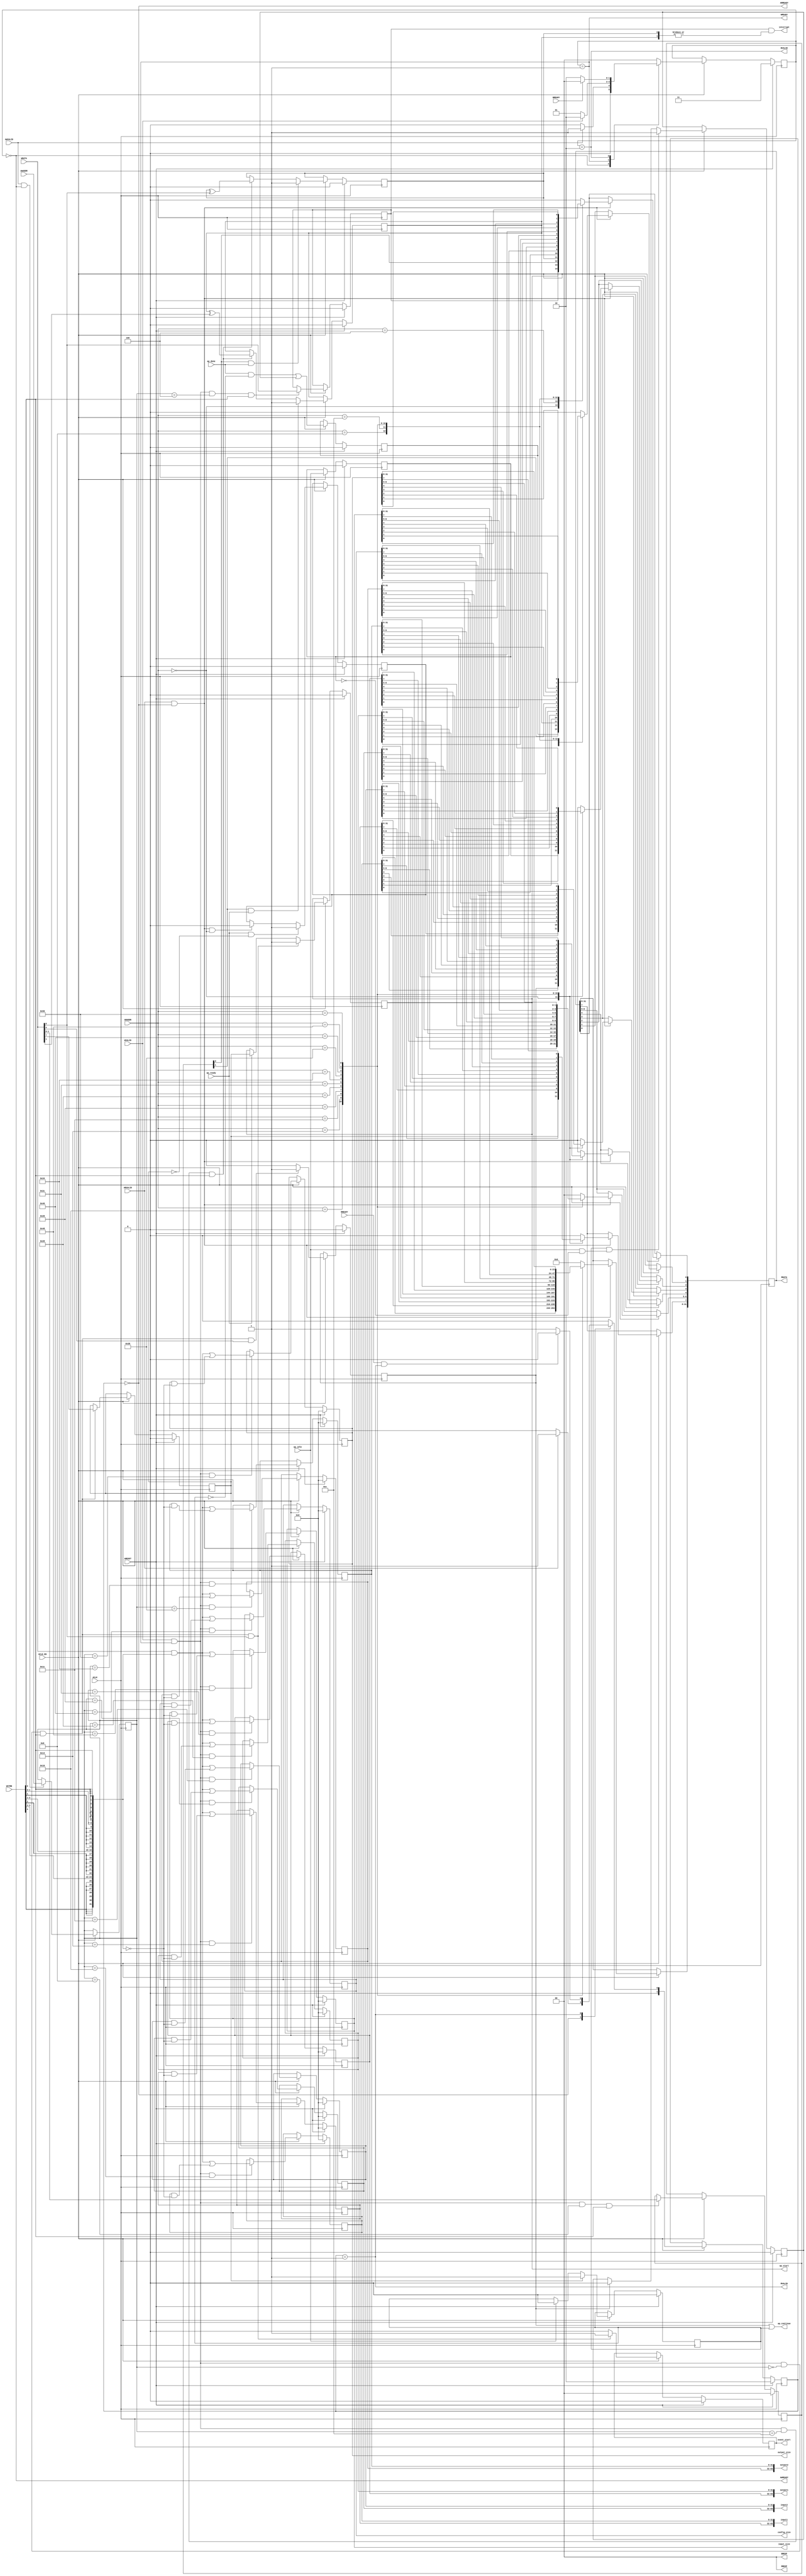
// ==============================================================
// Vitis HLS - High-Level Synthesis from C, C++ and OpenCL v2021.1 (64-bit)
// Copyright 1986-2021 Xilinx, Inc. All Rights Reserved.
// ==============================================================
`timescale 1ns/1ps
module ydma_control_s_axi
#(parameter
    C_S_AXI_ADDR_WIDTH = 7,
    C_S_AXI_DATA_WIDTH = 32
)(
    input  wire                          ACLK,
    input  wire                          ARESET,
    input  wire                          ACLK_EN,
    input  wire [C_S_AXI_ADDR_WIDTH-1:0] AWADDR,
    input  wire                          AWVALID,
    output wire                          AWREADY,
    input  wire [C_S_AXI_DATA_WIDTH-1:0] WDATA,
    input  wire [C_S_AXI_DATA_WIDTH/8-1:0] WSTRB,
    input  wire                          WVALID,
    output wire                          WREADY,
    output wire [1:0]                    BRESP,
    output wire                          BVALID,
    input  wire                          BREADY,
    input  wire [C_S_AXI_ADDR_WIDTH-1:0] ARADDR,
    input  wire                          ARVALID,
    output wire                          ARREADY,
    output wire [C_S_AXI_DATA_WIDTH-1:0] RDATA,
    output wire [1:0]                    RRESP,
    output wire                          RVALID,
    input  wire                          RREADY,
    output wire                          interrupt,
    output wire [63:0]                   input1,
    output wire [63:0]                   input2,
    output wire [63:0]                   output1,
    output wire [63:0]                   output2,
    output wire [31:0]                   config_size,
    output wire [31:0]                   input_size,
    output wire [31:0]                   output_size,
    output wire                          ap_start,
    input  wire                          ap_done,
    input  wire                          ap_ready,
    output wire                          ap_continue,
    input  wire                          ap_idle,
    output wire                          event_start
);
//------------------------Address Info-------------------
// 0x00 : Control signals
//        bit 0  - ap_start (Read/Write/COH)
//        bit 1  - ap_done (Read)
//        bit 2  - ap_idle (Read)
//        bit 3  - ap_ready (Read/COR)
//        bit 4  - ap_continue (Read/Write/SC)
//        bit 7  - auto_restart (Read/Write)
//        others - reserved
// 0x04 : Global Interrupt Enable Register
//        bit 0  - Global Interrupt Enable (Read/Write)
//        others - reserved
// 0x08 : IP Interrupt Enable Register (Read/Write)
//        bit 0  - enable ap_done interrupt (Read/Write)
//        bit 1  - enable ap_ready interrupt (Read/Write)
//        others - reserved
// 0x0c : IP Interrupt Status Register (Read/TOW)
//        bit 0  - ap_done (COR/TOW)
//        bit 1  - ap_ready (COR/TOW)
//        others - reserved
// 0x10 : Data signal of input1
//        bit 31~0 - input1[31:0] (Read/Write)
// 0x14 : Data signal of input1
//        bit 31~0 - input1[63:32] (Read/Write)
// 0x18 : reserved
// 0x1c : Data signal of input2
//        bit 31~0 - input2[31:0] (Read/Write)
// 0x20 : Data signal of input2
//        bit 31~0 - input2[63:32] (Read/Write)
// 0x24 : reserved
// 0x28 : Data signal of output1
//        bit 31~0 - output1[31:0] (Read/Write)
// 0x2c : Data signal of output1
//        bit 31~0 - output1[63:32] (Read/Write)
// 0x30 : reserved
// 0x34 : Data signal of output2
//        bit 31~0 - output2[31:0] (Read/Write)
// 0x38 : Data signal of output2
//        bit 31~0 - output2[63:32] (Read/Write)
// 0x3c : reserved
// 0x40 : Data signal of config_size
//        bit 31~0 - config_size[31:0] (Read/Write)
// 0x44 : reserved
// 0x48 : Data signal of input_size
//        bit 31~0 - input_size[31:0] (Read/Write)
// 0x4c : reserved
// 0x50 : Data signal of output_size
//        bit 31~0 - output_size[31:0] (Read/Write)
// 0x54 : reserved
// (SC = Self Clear, COR = Clear on Read, TOW = Toggle on Write, COH = Clear on Handshake)

//------------------------Parameter----------------------
localparam
    ADDR_AP_CTRL            = 7'h00,
    ADDR_GIE                = 7'h04,
    ADDR_IER                = 7'h08,
    ADDR_ISR                = 7'h0c,
    ADDR_INPUT1_DATA_0      = 7'h10,
    ADDR_INPUT1_DATA_1      = 7'h14,
    ADDR_INPUT1_CTRL        = 7'h18,
    ADDR_INPUT2_DATA_0      = 7'h1c,
    ADDR_INPUT2_DATA_1      = 7'h20,
    ADDR_INPUT2_CTRL        = 7'h24,
    ADDR_OUTPUT1_DATA_0     = 7'h28,
    ADDR_OUTPUT1_DATA_1     = 7'h2c,
    ADDR_OUTPUT1_CTRL       = 7'h30,
    ADDR_OUTPUT2_DATA_0     = 7'h34,
    ADDR_OUTPUT2_DATA_1     = 7'h38,
    ADDR_OUTPUT2_CTRL       = 7'h3c,
    ADDR_CONFIG_SIZE_DATA_0 = 7'h40,
    ADDR_CONFIG_SIZE_CTRL   = 7'h44,
    ADDR_INPUT_SIZE_DATA_0  = 7'h48,
    ADDR_INPUT_SIZE_CTRL    = 7'h4c,
    ADDR_OUTPUT_SIZE_DATA_0 = 7'h50,
    ADDR_OUTPUT_SIZE_CTRL   = 7'h54,
    WRIDLE                  = 2'd0,
    WRDATA                  = 2'd1,
    WRRESP                  = 2'd2,
    WRRESET                 = 2'd3,
    RDIDLE                  = 2'd0,
    RDDATA                  = 2'd1,
    RDRESET                 = 2'd2,
    ADDR_BITS                = 7;

//------------------------Local signal-------------------
    reg  [1:0]                    wstate = WRRESET;
    reg  [1:0]                    wnext;
    reg  [ADDR_BITS-1:0]          waddr;
    wire [C_S_AXI_DATA_WIDTH-1:0] wmask;
    wire                          aw_hs;
    wire                          w_hs;
    reg  [1:0]                    rstate = RDRESET;
    reg  [1:0]                    rnext;
    reg  [C_S_AXI_DATA_WIDTH-1:0] rdata;
    wire                          ar_hs;
    wire [ADDR_BITS-1:0]          raddr;
    // internal registers
    reg                           int_event_start = 1'b0;
    reg                           int_ap_idle;
    reg                           int_ap_continue;
    reg                           int_ap_ready = 1'b0;
    wire                          task_ap_ready;
    reg                           int_ap_done = 1'b0;
    wire                          task_ap_done;
    reg                           int_task_ap_done = 1'b0;
    reg                           int_ap_start = 1'b0;
    reg                           int_auto_restart = 1'b0;
    reg                           auto_restart_status = 1'b0;
    reg                           auto_restart_done = 1'b0;
    reg                           int_gie = 1'b0;
    reg  [1:0]                    int_ier = 2'b0;
    reg  [1:0]                    int_isr = 2'b0;
    reg  [63:0]                   int_input1 = 'b0;
    reg  [63:0]                   int_input2 = 'b0;
    reg  [63:0]                   int_output1 = 'b0;
    reg  [63:0]                   int_output2 = 'b0;
    reg  [31:0]                   int_config_size = 'b0;
    reg  [31:0]                   int_input_size = 'b0;
    reg  [31:0]                   int_output_size = 'b0;

//------------------------Instantiation------------------


//------------------------AXI write fsm------------------
assign AWREADY = (wstate == WRIDLE);
assign WREADY  = (wstate == WRDATA);
assign BRESP   = 2'b00;  // OKAY
assign BVALID  = (wstate == WRRESP);
assign wmask   = { {8{WSTRB[3]}}, {8{WSTRB[2]}}, {8{WSTRB[1]}}, {8{WSTRB[0]}} };
assign aw_hs   = AWVALID & AWREADY;
assign w_hs    = WVALID & WREADY;

// wstate
always @(posedge ACLK) begin
    if (ARESET)
        wstate <= WRRESET;
    else if (ACLK_EN)
        wstate <= wnext;
end

// wnext
always @(*) begin
    case (wstate)
        WRIDLE:
            if (AWVALID)
                wnext = WRDATA;
            else
                wnext = WRIDLE;
        WRDATA:
            if (WVALID)
                wnext = WRRESP;
            else
                wnext = WRDATA;
        WRRESP:
            if (BREADY)
                wnext = WRIDLE;
            else
                wnext = WRRESP;
        default:
            wnext = WRIDLE;
    endcase
end

// waddr
always @(posedge ACLK) begin
    if (ACLK_EN) begin
        if (aw_hs)
            waddr <= AWADDR[ADDR_BITS-1:0];
    end
end

//------------------------AXI read fsm-------------------
assign ARREADY = (rstate == RDIDLE);
assign RDATA   = rdata;
assign RRESP   = 2'b00;  // OKAY
assign RVALID  = (rstate == RDDATA);
assign ar_hs   = ARVALID & ARREADY;
assign raddr   = ARADDR[ADDR_BITS-1:0];

// rstate
always @(posedge ACLK) begin
    if (ARESET)
        rstate <= RDRESET;
    else if (ACLK_EN)
        rstate <= rnext;
end

// rnext
always @(*) begin
    case (rstate)
        RDIDLE:
            if (ARVALID)
                rnext = RDDATA;
            else
                rnext = RDIDLE;
        RDDATA:
            if (RREADY & RVALID)
                rnext = RDIDLE;
            else
                rnext = RDDATA;
        default:
            rnext = RDIDLE;
    endcase
end

// rdata
always @(posedge ACLK) begin
    if (ACLK_EN) begin
        if (ar_hs) begin
            rdata <= 'b0;
            case (raddr)
                ADDR_AP_CTRL: begin
                    rdata[0] <= int_ap_start;
                    rdata[1] <= int_task_ap_done;
                    rdata[2] <= int_ap_idle;
                    rdata[3] <= int_ap_ready;
                    rdata[4] <= int_ap_continue;
                    rdata[7] <= int_auto_restart;
                end
                ADDR_GIE: begin
                    rdata <= int_gie;
                end
                ADDR_IER: begin
                    rdata <= int_ier;
                end
                ADDR_ISR: begin
                    rdata <= int_isr;
                end
                ADDR_INPUT1_DATA_0: begin
                    rdata <= int_input1[31:0];
                end
                ADDR_INPUT1_DATA_1: begin
                    rdata <= int_input1[63:32];
                end
                ADDR_INPUT2_DATA_0: begin
                    rdata <= int_input2[31:0];
                end
                ADDR_INPUT2_DATA_1: begin
                    rdata <= int_input2[63:32];
                end
                ADDR_OUTPUT1_DATA_0: begin
                    rdata <= int_output1[31:0];
                end
                ADDR_OUTPUT1_DATA_1: begin
                    rdata <= int_output1[63:32];
                end
                ADDR_OUTPUT2_DATA_0: begin
                    rdata <= int_output2[31:0];
                end
                ADDR_OUTPUT2_DATA_1: begin
                    rdata <= int_output2[63:32];
                end
                ADDR_CONFIG_SIZE_DATA_0: begin
                    rdata <= int_config_size[31:0];
                end
                ADDR_INPUT_SIZE_DATA_0: begin
                    rdata <= int_input_size[31:0];
                end
                ADDR_OUTPUT_SIZE_DATA_0: begin
                    rdata <= int_output_size[31:0];
                end
            endcase
        end
    end
end


//------------------------Register logic-----------------
assign interrupt     = int_gie & (|int_isr);
assign event_start   = int_event_start;
assign ap_start      = int_ap_start;
assign task_ap_done  = (ap_done && !auto_restart_status) || auto_restart_done;
assign task_ap_ready = ap_ready && !int_auto_restart;
assign ap_continue   = int_ap_continue || auto_restart_status;
assign input1        = int_input1;
assign input2        = int_input2;
assign output1       = int_output1;
assign output2       = int_output2;
assign config_size   = int_config_size;
assign input_size    = int_input_size;
assign output_size   = int_output_size;
// int_event_start
always @(posedge ACLK) begin
    if (ARESET)
        int_event_start <= 1'b0;
    else if (ACLK_EN) begin
        if (w_hs && waddr == ADDR_AP_CTRL && WSTRB[0] && WDATA[0])
            int_event_start <= 1'b1;
        else
            int_event_start <= 1'b0; // self clear
    end
end

// int_ap_start
always @(posedge ACLK) begin
    if (ARESET)
        int_ap_start <= 1'b0;
    else if (ACLK_EN) begin
        if (w_hs && waddr == ADDR_AP_CTRL && WSTRB[0] && WDATA[0])
            int_ap_start <= 1'b1;
        else if (ap_ready)
            int_ap_start <= int_auto_restart; // clear on handshake/auto restart
    end
end

// int_ap_done
always @(posedge ACLK) begin
    if (ARESET)
        int_ap_done <= 1'b0;
    else if (ACLK_EN) begin
            int_ap_done <= ap_done;
    end
end

// int_task_ap_done
always @(posedge ACLK) begin
    if (ARESET)
        int_task_ap_done <= 1'b0;
    else if (ACLK_EN) begin
            int_task_ap_done <= task_ap_done;
    end
end

// int_ap_idle
always @(posedge ACLK) begin
    if (ARESET)
        int_ap_idle <= 1'b0;
    else if (ACLK_EN) begin
            int_ap_idle <= ap_idle;
    end
end

// int_ap_ready
always @(posedge ACLK) begin
    if (ARESET)
        int_ap_ready <= 1'b0;
    else if (ACLK_EN) begin
        if (task_ap_ready)
            int_ap_ready <= 1'b1;
        else if (ar_hs && raddr == ADDR_AP_CTRL)
            int_ap_ready <= 1'b0;
    end
end

// int_ap_continue
always @(posedge ACLK) begin
    if (ARESET)
        int_ap_continue <= 1'b0;
    else if (ACLK_EN) begin
        if (w_hs && waddr == ADDR_AP_CTRL && WSTRB[0] && WDATA[4])
            int_ap_continue <= 1'b1;
        else
            int_ap_continue <= 1'b0; // self clear
    end
end

// int_auto_restart
always @(posedge ACLK) begin
    if (ARESET)
        int_auto_restart <= 1'b0;
    else if (ACLK_EN) begin
        if (w_hs && waddr == ADDR_AP_CTRL && WSTRB[0])
            int_auto_restart <=  WDATA[7];
    end
end

// auto_restart_status
always @(posedge ACLK) begin
    if (ARESET)
        auto_restart_status <= 1'b0;
    else if (ACLK_EN) begin
        if (int_auto_restart)
            auto_restart_status <= 1'b1;
        else if (ap_idle)
            auto_restart_status <= 1'b0;
    end
end

// auto_restart_done
always @(posedge ACLK) begin
    if (ARESET)
        auto_restart_done <= 1'b0;
    else if (ACLK_EN) begin
        if (auto_restart_status && (ap_idle && !int_ap_idle))
            auto_restart_done <= 1'b1;
        else if (int_ap_continue)
            auto_restart_done <= 1'b0;
    end
end

// int_gie
always @(posedge ACLK) begin
    if (ARESET)
        int_gie <= 1'b0;
    else if (ACLK_EN) begin
        if (w_hs && waddr == ADDR_GIE && WSTRB[0])
            int_gie <= WDATA[0];
    end
end

// int_ier
always @(posedge ACLK) begin
    if (ARESET)
        int_ier <= 1'b0;
    else if (ACLK_EN) begin
        if (w_hs && waddr == ADDR_IER && WSTRB[0])
            int_ier <= WDATA[1:0];
    end
end

// int_isr[0]
always @(posedge ACLK) begin
    if (ARESET)
        int_isr[0] <= 1'b0;
    else if (ACLK_EN) begin
        if (int_ier[0] & ap_done)
            int_isr[0] <= 1'b1;
        else if (w_hs && waddr == ADDR_ISR && WSTRB[0])
            int_isr[0] <= int_isr[0] ^ WDATA[0]; // toggle on write
    end
end

// int_isr[1]
always @(posedge ACLK) begin
    if (ARESET)
        int_isr[1] <= 1'b0;
    else if (ACLK_EN) begin
        if (int_ier[1] & ap_ready)
            int_isr[1] <= 1'b1;
        else if (w_hs && waddr == ADDR_ISR && WSTRB[0])
            int_isr[1] <= int_isr[1] ^ WDATA[1]; // toggle on write
    end
end

// int_input1[31:0]
always @(posedge ACLK) begin
    if (ARESET)
        int_input1[31:0] <= 0;
    else if (ACLK_EN) begin
        if (w_hs && waddr == ADDR_INPUT1_DATA_0)
            int_input1[31:0] <= (WDATA[31:0] & wmask) | (int_input1[31:0] & ~wmask);
    end
end

// int_input1[63:32]
always @(posedge ACLK) begin
    if (ARESET)
        int_input1[63:32] <= 0;
    else if (ACLK_EN) begin
        if (w_hs && waddr == ADDR_INPUT1_DATA_1)
            int_input1[63:32] <= (WDATA[31:0] & wmask) | (int_input1[63:32] & ~wmask);
    end
end

// int_input2[31:0]
always @(posedge ACLK) begin
    if (ARESET)
        int_input2[31:0] <= 0;
    else if (ACLK_EN) begin
        if (w_hs && waddr == ADDR_INPUT2_DATA_0)
            int_input2[31:0] <= (WDATA[31:0] & wmask) | (int_input2[31:0] & ~wmask);
    end
end

// int_input2[63:32]
always @(posedge ACLK) begin
    if (ARESET)
        int_input2[63:32] <= 0;
    else if (ACLK_EN) begin
        if (w_hs && waddr == ADDR_INPUT2_DATA_1)
            int_input2[63:32] <= (WDATA[31:0] & wmask) | (int_input2[63:32] & ~wmask);
    end
end

// int_output1[31:0]
always @(posedge ACLK) begin
    if (ARESET)
        int_output1[31:0] <= 0;
    else if (ACLK_EN) begin
        if (w_hs && waddr == ADDR_OUTPUT1_DATA_0)
            int_output1[31:0] <= (WDATA[31:0] & wmask) | (int_output1[31:0] & ~wmask);
    end
end

// int_output1[63:32]
always @(posedge ACLK) begin
    if (ARESET)
        int_output1[63:32] <= 0;
    else if (ACLK_EN) begin
        if (w_hs && waddr == ADDR_OUTPUT1_DATA_1)
            int_output1[63:32] <= (WDATA[31:0] & wmask) | (int_output1[63:32] & ~wmask);
    end
end

// int_output2[31:0]
always @(posedge ACLK) begin
    if (ARESET)
        int_output2[31:0] <= 0;
    else if (ACLK_EN) begin
        if (w_hs && waddr == ADDR_OUTPUT2_DATA_0)
            int_output2[31:0] <= (WDATA[31:0] & wmask) | (int_output2[31:0] & ~wmask);
    end
end

// int_output2[63:32]
always @(posedge ACLK) begin
    if (ARESET)
        int_output2[63:32] <= 0;
    else if (ACLK_EN) begin
        if (w_hs && waddr == ADDR_OUTPUT2_DATA_1)
            int_output2[63:32] <= (WDATA[31:0] & wmask) | (int_output2[63:32] & ~wmask);
    end
end

// int_config_size[31:0]
always @(posedge ACLK) begin
    if (ARESET)
        int_config_size[31:0] <= 0;
    else if (ACLK_EN) begin
        if (w_hs && waddr == ADDR_CONFIG_SIZE_DATA_0)
            int_config_size[31:0] <= (WDATA[31:0] & wmask) | (int_config_size[31:0] & ~wmask);
    end
end

// int_input_size[31:0]
always @(posedge ACLK) begin
    if (ARESET)
        int_input_size[31:0] <= 0;
    else if (ACLK_EN) begin
        if (w_hs && waddr == ADDR_INPUT_SIZE_DATA_0)
            int_input_size[31:0] <= (WDATA[31:0] & wmask) | (int_input_size[31:0] & ~wmask);
    end
end

// int_output_size[31:0]
always @(posedge ACLK) begin
    if (ARESET)
        int_output_size[31:0] <= 0;
    else if (ACLK_EN) begin
        if (w_hs && waddr == ADDR_OUTPUT_SIZE_DATA_0)
            int_output_size[31:0] <= (WDATA[31:0] & wmask) | (int_output_size[31:0] & ~wmask);
    end
end


//------------------------Memory logic-------------------

endmodule